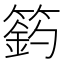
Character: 𥲟